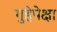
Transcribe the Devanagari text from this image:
गुहेपेक्षा